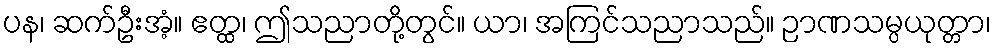
ပန၊ ဆက်ဦးအံ့။ ဧတ္ထ၊ ဤသညာတို့တွင်။ ယာ၊ အကြင်သညာသည်။ ဉာဏသမ္ပယုတ္တာ၊